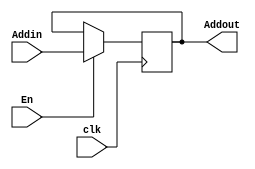
module Address_latch (
    input wire[15:0] Addin,
    input wire clk,En,
    output reg [15:0]Addout
);
    always @(posedge clk) begin
        if (En) begin
            Addout=Addin;
        end
    end
endmodule